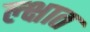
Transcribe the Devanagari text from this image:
ल्क्षात